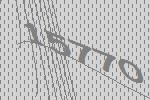
15770